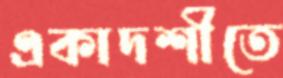
একাদশীতে